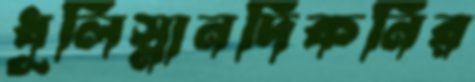
ধূলিস্নানদিকনির